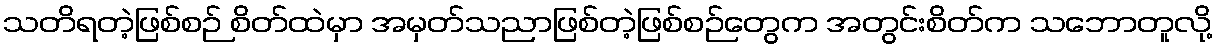
သတိရတဲ့ဖြစ်စဉ် စိတ်ထဲမှာ အမှတ်သညာဖြစ်တဲ့ဖြစ်စဉ်တွေက အတွင်းစိတ်က သဘောတူလို့